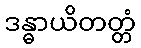
ဒန္ဓာယိတတ္တံ